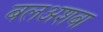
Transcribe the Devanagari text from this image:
बलअशबा